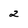
Character: 2